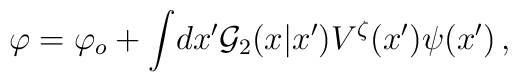
\varphi = \varphi_{o} + \int \!dx'{\cal G}_{2}(x|x')V^{\zeta}(x')\psi(x')\,,